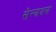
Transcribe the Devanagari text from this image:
सेन्यदल